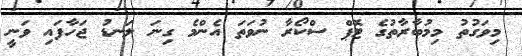
މިވަގުތު މިމުބާރާތުގެ ޓޮޕް ސްކޯރާ ނުވަތަ އެންމެ ގިނަ ލަނޑު ޖަހާފައި ވަނީ